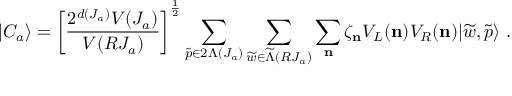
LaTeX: \vert C _ { a } \rangle = \left[ { \frac { 2 ^ { d ( J _ { a } ) } V ( J _ { a } ) } { V ( R J _ { a } ) } } \right] ^ { \frac { 1 } { 2 } } \sum _ { { \widetilde p } \in 2 \Lambda ( J _ { a } ) } \sum _ { { \widetilde w } \in { \widetilde \Lambda } ( R J _ { a } ) } \sum _ { \bf n } \zeta _ { \bf n } V _ { L } ( { \bf n } ) V _ { R } ( { \bf n } ) \vert { \widetilde w } , { \widetilde p } \rangle ~ .